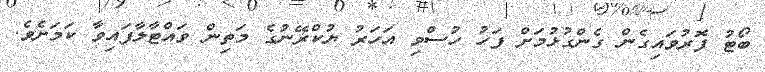
ބޯޓު ފޮރުވައިގެން ގެންގުޅުމަށް ފަހު ހުސްވި އަހަރު ޔުކްރޭނުގެ މަތިން ވައްޓާލާފައިވާ ކަމަށެވެ.